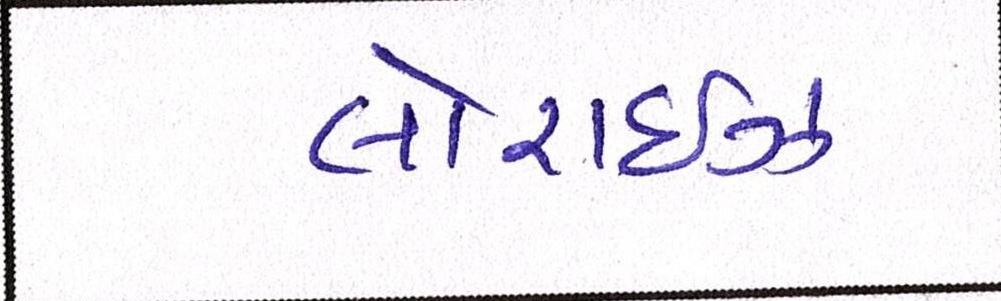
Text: લોરાઈઝ